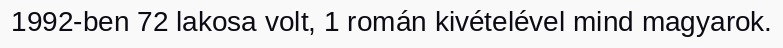
1992-ben 72 lakosa volt, 1 román kivételével mind magyarok.